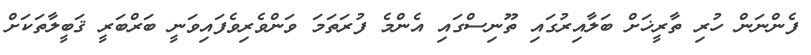
ފެންނަން ހުރި ތާރީޚަށް ބަލާއިރުގައި ތޫނިސްގައި އެންމެ ފުރަތަމަ ވަަންވެރިވެފައިވަނީ ބަރްބަރީ ޤަބީލާތަކަށް